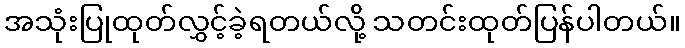
အသုံးပြုထုတ်လွှင့်ခဲ့ရတယ်လို့ သတင်းထုတ်ပြန်ပါတယ်။